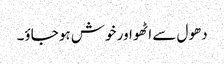
دھول سے اٹھو اور خوش ہو جاؤ۔